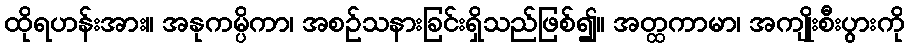
ထိုရဟန်းအား။ အနုကမ္ပိကာ၊ အစဉ်သနားခြင်းရှိသည်ဖြစ်၍။ အတ္ထကာမာ၊ အကျိုးစီးပွားကို